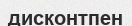
дисконтпен